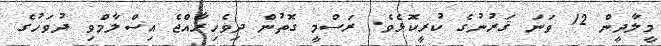
މީލާދީން 12 ވަނަ ޤަރުނުގެ ކުރީކޮޅެވެ. ރަސްމީ ގޮތުން ދިވެހިރާއްޖެ އިސްލާމްވި ދުވަހުގެ